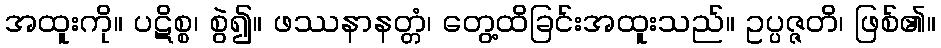
အထူးကို။ ပဋိစ္စ၊ စွဲ၍။ ဖဿနာနတ္တံ၊ တွေ့ထိခြင်းအထူးသည်။ ဥပ္ပဇ္ဇတိ၊ ဖြစ်၏။